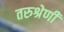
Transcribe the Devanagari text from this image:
तरुश्रेणी